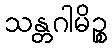
သန္တဂါမိဉ္စ